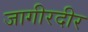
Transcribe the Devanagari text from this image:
जागीरदीर